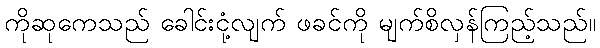
ကိုဆုကေသည် ခေါင်းငုံ့လျက် ဖခင်ကို မျက်စိလှန်ကြည့်သည်။